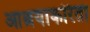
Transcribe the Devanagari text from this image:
आश्रयाकरिता